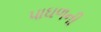
પાઘળની